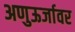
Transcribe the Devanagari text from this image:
अणुऊर्जावर